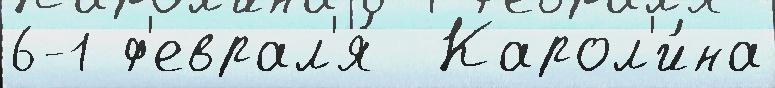
6-1 ф'еврал'я́  Карол'и́на